Vaccination in Bombay 1863-1868 - 1863-1868
Year: 1863
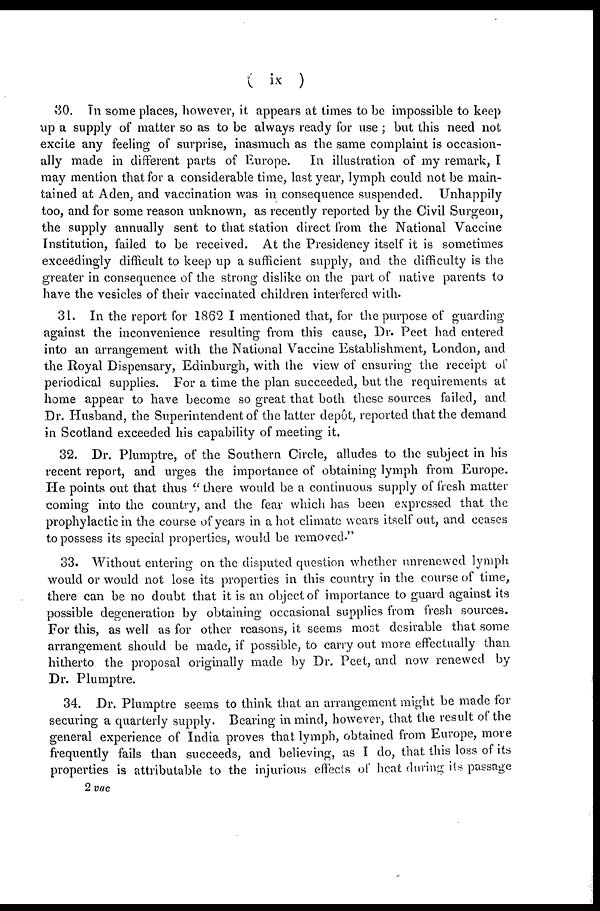
( ix )
30. In some places, however, it appears at times to be impossible to keep
up a supply of matter so as to be always ready for use ; but this need not
excite any feeling of surprise, inasmuch as the same complaint is occasion-
ally made in different parts of Europe.
In illustration of my remark, I
may mention that for a considerable time, last year, lymph could not be main-
tained at Aden, and vaccination was in consequence suspended. Unhappily
too, and for some reason unknown, as recently reported by the Civil Surgeon,
the supply annually sent to that station direct from the National Vaccine
Institution, failed to be received. At the Presidency itself it is sometimes
exceedingly difficult to keep up a sufficient supply, and the difficulty is the
greater in consequence of the strong dislike on the part of native parents to
have the vesicles of their vaccinated children interfered with.
31. In the report for 1862 I mentioned that, for the purpose of guarding
against the inconvenience resulting from this cause, Dr. Peet had entered
into an arrangement with the National Vaccine Establishment, London, and
the Royal Dispensary, Edinburgh, with the view of ensuring the receipt of
periodical supplies. For a time the plan succeeded, but the requirements at
home appear to have become so great that both these sources failed, and
Dr. Husband, the Superintendent of the latter depôt, reported that the demand
in Scotland exceeded his capability of meeting it.
32. Dr. Plumptre, of the Southern Circle, alludes to the subject in his
recent report, and urges the importance of obtaining lymph from Europe.
He points out that thus " there would be a continuous supply of fresh matter
coming into the country, and the fear which has been expressed that the
prophylactic in the course of years in a hot climate wears itself out, and ceases
to possess its special properties, would be removed."
33. Without entering on the disputed question whether unrenewed lymph
would or would not lose its properties in this country in the course of time,
there can be no doubt that it is an object of importance to guard against its
possible degeneration by obtaining occasional supplies from fresh sources.
For this, as well as for other reasons, it seems most desirable that some
arrangement should be made, if possible, to carry out more effectually than
hitherto the proposal originally made by Dr. Peet, and now renewed by
Dr. Plumptre.
34. Dr. Plumptre seems to think that an arrangement might be made for
securing a quarterly supply. Bearing in mind, however, that the result of the
general experience of India proves that lymph, obtained from Europe, more
frequently fails than succeeds, and believing, as I do, that this loss of its
properties is attributable to the injurious effects of heat during its passage
2 vac